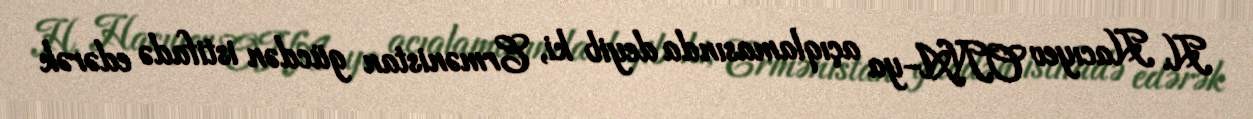
H. Hacıyev ONA-ya açıqlamasında deyib ki, Ermənistan gücdən istifadə edərək